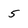
Character: 5